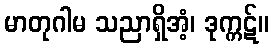
မာတုဂါမ သညာရှိအံ့၊ ဒုက္ကဋ်။